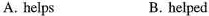
A. helps B.helped